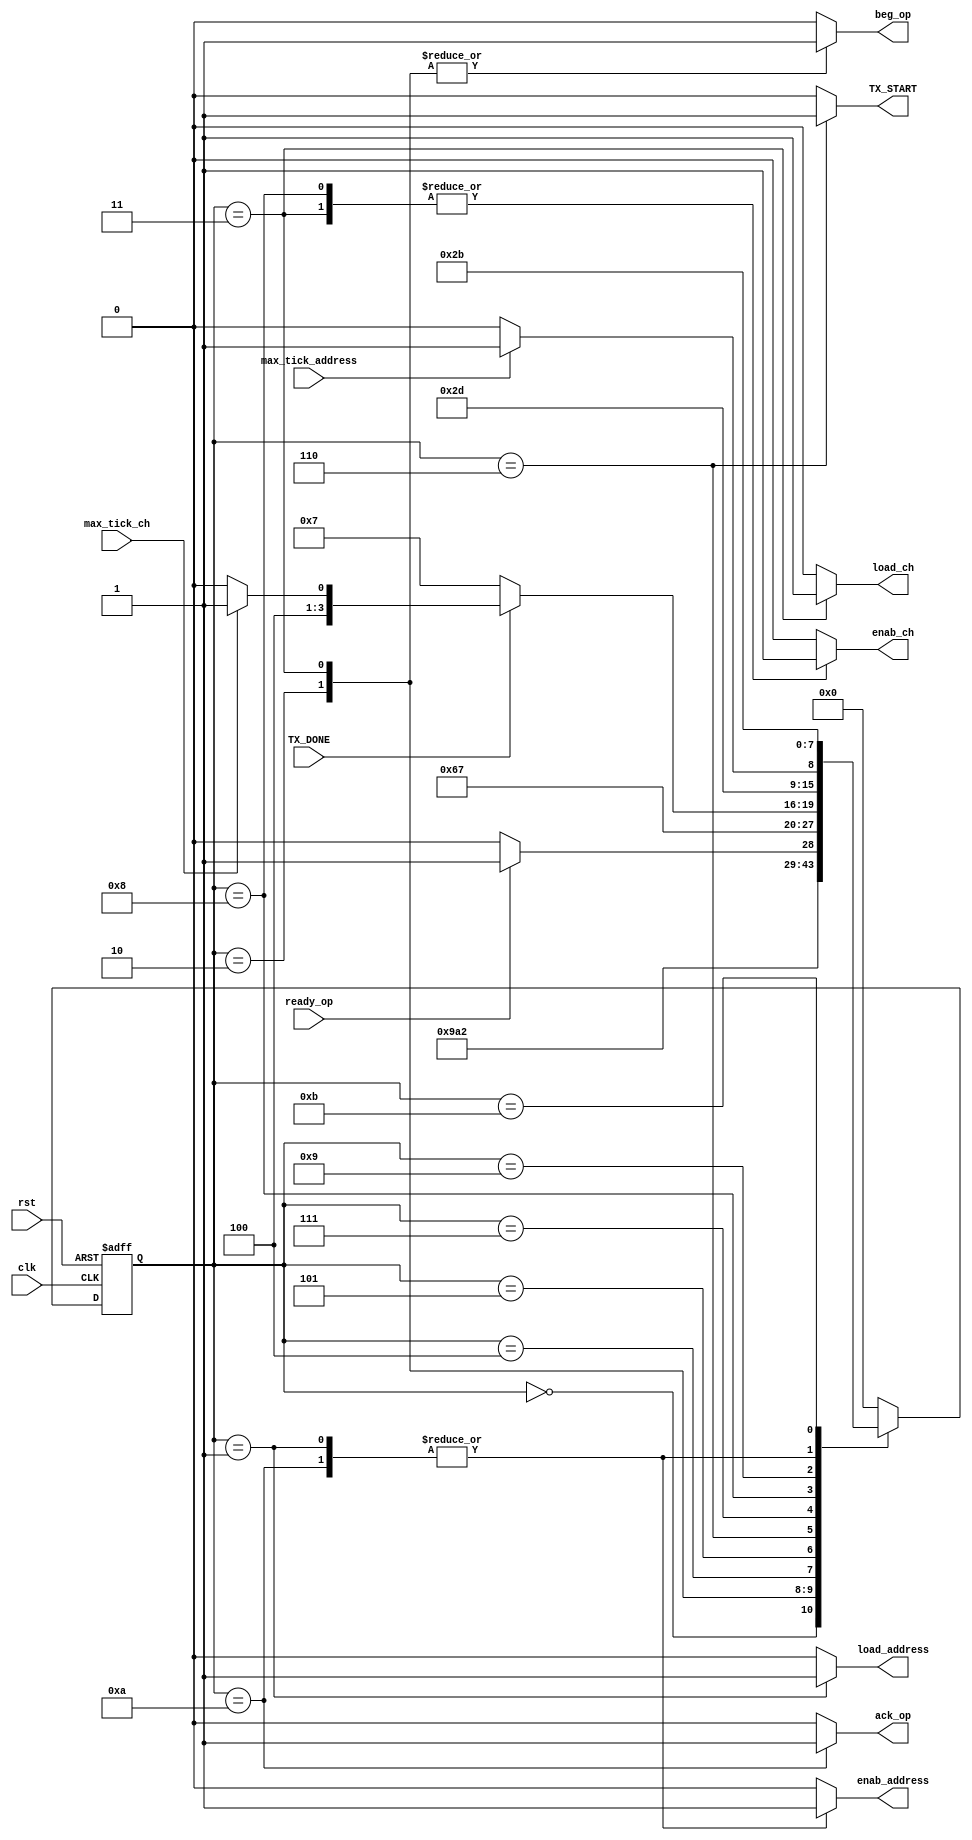
module FSM_test(

    input wire clk,
    input wire rst,
    input wire ready_op,
    input wire max_tick_address,
    input wire max_tick_ch,
    input wire TX_DONE,
    
    output reg beg_op,
    output reg ack_op,
    output reg load_address,
    output reg enab_address,
    output reg enab_ch,
    output reg load_ch,
    output reg TX_START
    );

//symbolic state declaration
localparam [3:0]    est0 = 4'b0000,
                    est1 = 4'b0001,
                    est2 = 4'b0010,
                    est3 = 4'b0011,
                    est4 = 4'b0100,
                    est5 = 4'b0101, 
                    est6 = 4'b0110,
                    est7 = 4'b0111,
                    est8 = 4'b1000,
                    est9 = 4'b1001,
                    est10 = 4'b1010,
                    est11 = 4'b1011;
//signal declaration
reg [3:0] state_reg, state_next;    //    Guardan el estado actual y el estado futuro, respectivamente.

//state register

always @( posedge clk, posedge rst)
    begin
        if(rst)	// Si hay reset, el estado actual es el estado inicial.
            state_reg <= est0;
        else		//Si no hay reset el estado actual es igual al estado siguiente.
            state_reg <= state_next;
    end
    
//next-state logic and output logic

always @*
    begin
        state_next = state_reg; // default state : the same
        
        //declaration of default outputs. 
        beg_op = 1'b0;
        ack_op = 1'b0;
        load_address = 1'b0;
        enab_address = 1'b0;
        enab_ch = 1'b0;
        load_ch = 1'b0;
        TX_START = 1'b0;
        
        case(state_reg)
        est0:
            begin
                state_next = est1;
            end
            
        est1:
            begin
                load_address = 1'b1;
                enab_address = 1'b1;
                state_next = est2;
            end
            
        est2:
            begin
                beg_op = 1'b1;
                state_next=est3;
            end
            
        est3:
            begin
                beg_op = 1'b1;
                enab_ch = 1'b1;
                load_ch = 1'b1;
                state_next=est4;
            end
            
        est4:
            begin
                if(ready_op)
                    state_next=est5;
                else
                    state_next=est4;
            end
            
        est5:
            begin
                state_next=est6;
            end
            
        est6:
            begin
                TX_START = 1'b1;
                state_next=est7;
            end
            
        est7:
            begin
                if(TX_DONE)
                    if(max_tick_ch)
                        state_next=est9;
                    else
                        begin
                            state_next=est8;
                        end
                else
                    state_next=est7;
            end
            
        est8:
            begin
                enab_ch = 1'b1;
                state_next=est5;
            end
            
        est9:
            begin
                if(max_tick_address)
                    state_next=est11;
                else
                    begin
                        state_next=est10;
                    end
            end
            
        est10:
            begin
                enab_address = 1'b1;
                ack_op = 1'b1;
                state_next=est2;
            end
            
        est11:
            begin
                state_next=est11;
            end
            
        default:
            state_next=est0;
        endcase
    end

endmodule